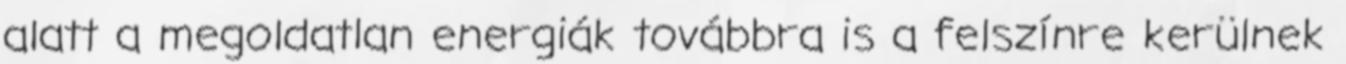
alatt a megoldatlan energiák továbbra is a felszínre kerülnek